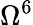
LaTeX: \Omega^{6}